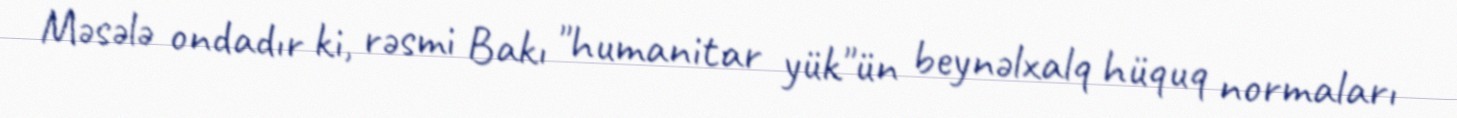
Məsələ ondadır ki, rəsmi Bakı "humanitar yük"ün beynəlxalq hüquq normaları